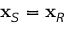
\mathbf { x } _ { S } = \mathbf { x } _ { R }